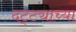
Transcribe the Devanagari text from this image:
दट्ट्याच्या